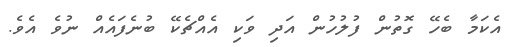
އެކަމާ ބެހޭ ގޮތުން ފުލުހުން އަދި ވަކި އެއްޗެކޭ ބުނެފައެއް ނުވެ އެވެ.